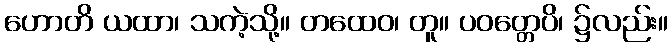
ဟောတိ ယထာ၊ သကဲ့သို့။ တထေဝ၊ တူ။ ပဝတ္တေပိ၊ ၌လည်း။